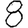
Digit: 8